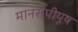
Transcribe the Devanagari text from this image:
मानसपीयूष